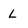
Character: L